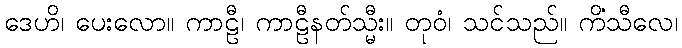
ဒေဟိ၊ ပေးလော။ ကာဠီ၊ ကာဠီနတ်သ္မီး။ တုဝံ၊ သင်သည်။ ကိံသီလေ၊